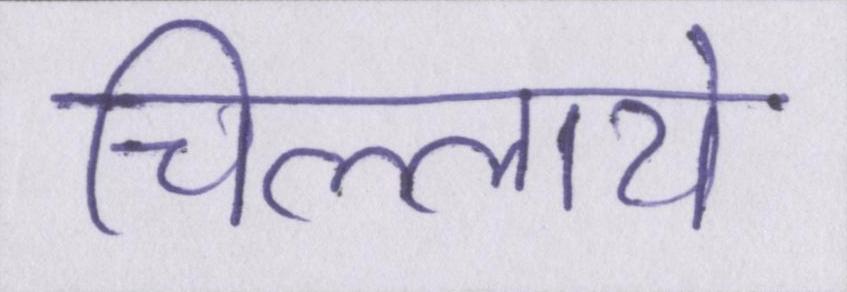
चिल्लाये